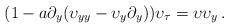
LaTeX: \begin{align*}(1-a \partial_{{{y}} }({\upsilon}_{{{y}}{{y}}}-{\upsilon}_{{{y}}} \partial_{{{y}}})) {\upsilon}_{{\tau}}={\upsilon}{\upsilon}_{{{y}}}\, . \end{align*}